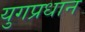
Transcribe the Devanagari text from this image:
युगप्रधान